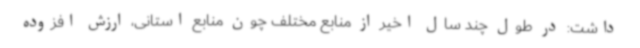
داشت: در طول چند سال اخیر از منابع مختلف چون منابع استانی، ارزش افزوده